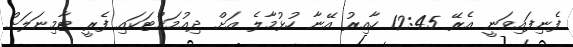
ފެނިފައިވަނީ އެރޭ 12:45 ހާއިރު އޭނާ ހުޅުމާލެ އަށް ދިއުމަށްޓަކައި ފެރީ ޓާމިނަލަށް